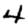
Digit: 4